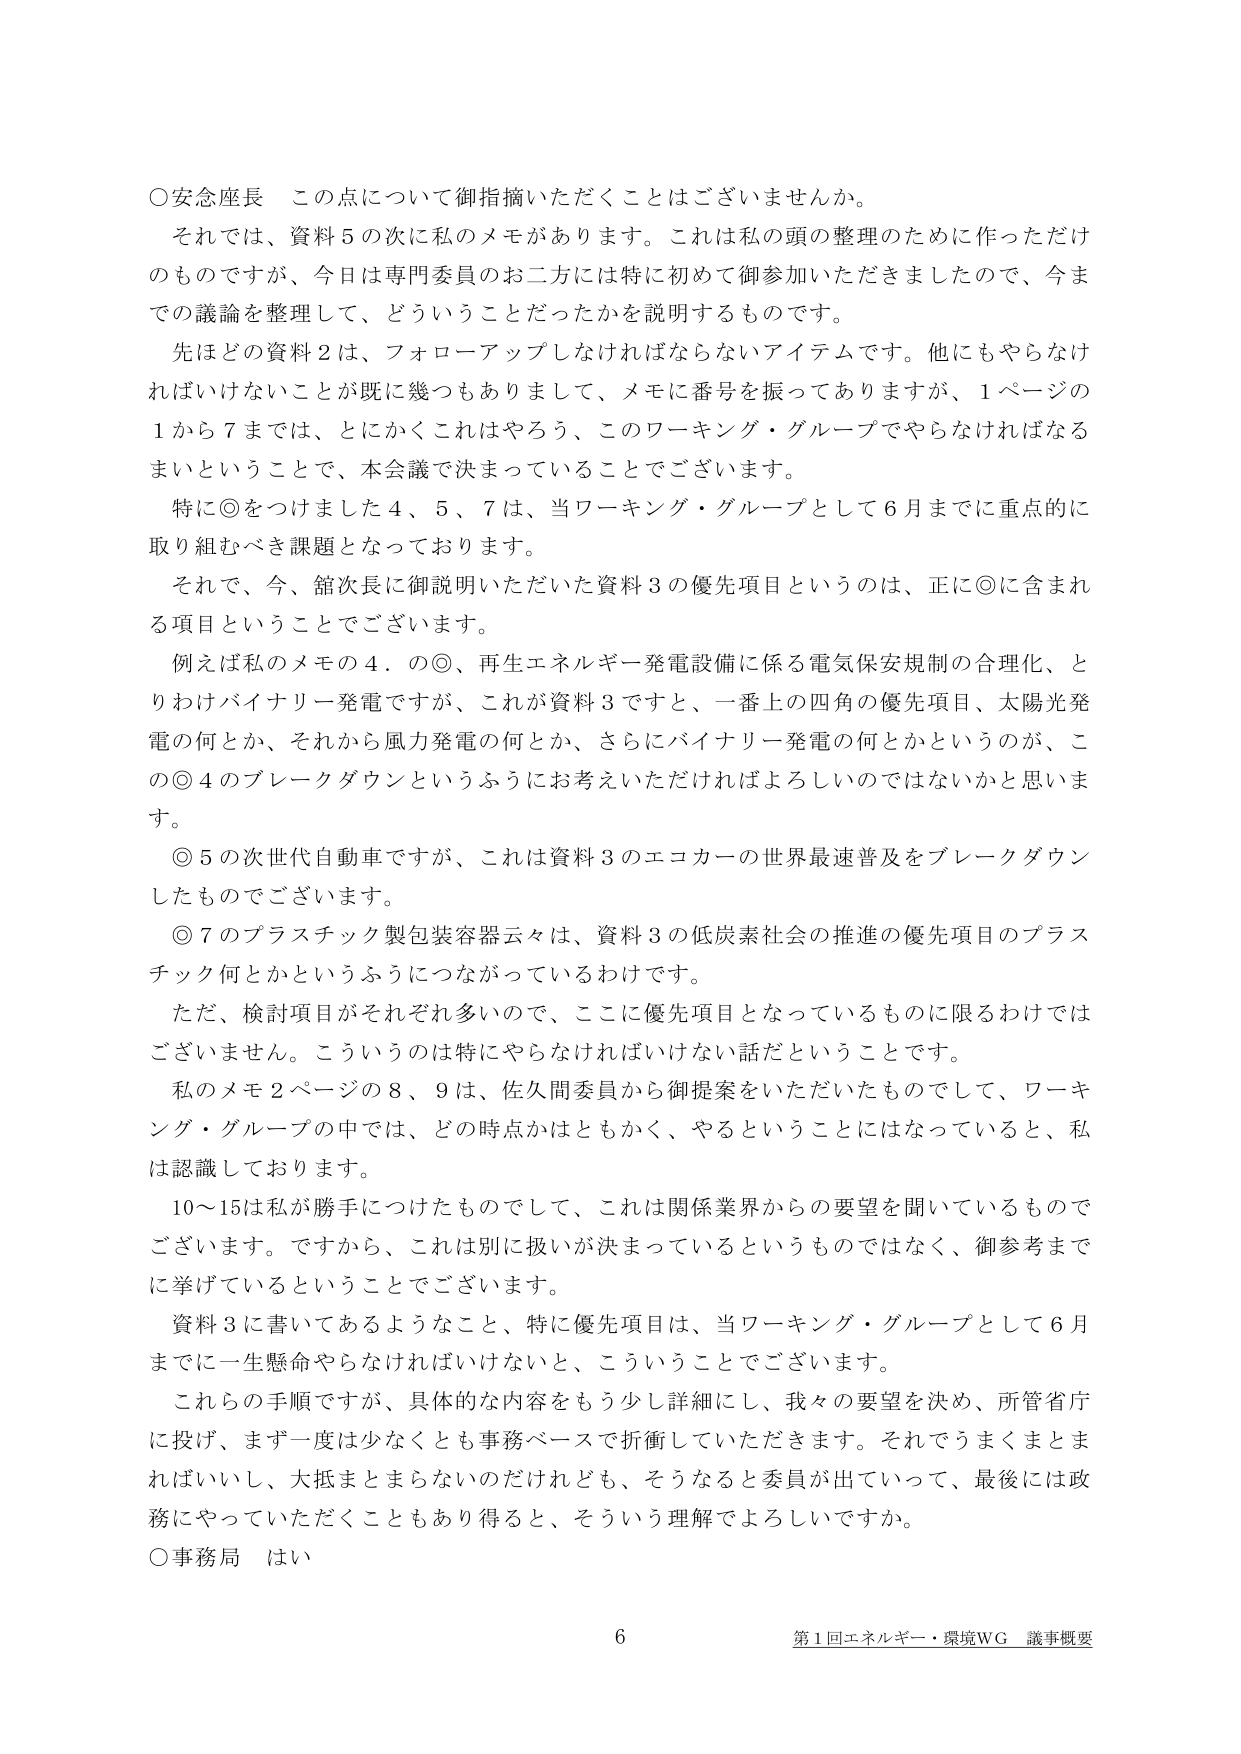
○安念座長　この点について御指摘いただくことはございませんか。

それでは、資料５の次に私のメモがあります。これは私の頭の整理のために作っただけのものですが、今日は専門委員のお二方には特に初めて御参加いただきましたので、今までの議論を整理して、どういうことだったかを説明するものです。

先ほどの資料２は、フォローアップしなければならないアイテムです。他にもやらなければならないことが既に幾つもありまして、メモに番号を振ってありますが、１ページの１から７までは、とにかくこれはやろう、このワーキング・グループでやらなければなるまいということで、本会議で決まっていることでございます。

特に◎をつけました４、５、７は、当ワーキング・グループとして６月までに重点的に取り組むべき課題となっております。

それで、今、舘次長に御説明いただいた資料３の優先項目というのは、正に◎に含まれる項目ということでございます。

例えば私のメモの４．の◎、再生エネルギー発電設備に係る電気保安規制の合理化、とりわけバイナリー発電ですが、これが資料３ですと、一番上の四角の優先項目、太陽光発電の何とか、それから風力発電の何とか、さらにバイナリー発電の何とかというのが、この◎４のブレーカダウンというふうにお考えいただければよろしいのではないかと思います。

◎５の次世代自動車ですが、これは資料３のエコカーの世界最速普及をブレーカダウンしたものでございます。

◎７のプラスチック製包装容器云々は、資料３の低炭素社会の推進の優先項目のプラスチック何とかというふうにつながっているわけです。

ただ、検討項目がそれぞれ多いので、ここに優先項目となっているものに限るわけではございません。こういうのは特にやらなければならない話だということです。

私のメモ２ページの８、９は、佐久間委員から御提案をいただいたものでして、ワーキング・グループの中では、どの時点かはともかく、やるということにはなっていると、私は認識しております。

10～15は私が勝手につけたものでして、これは関係業界からの要望を聞いているものでございます。ですから、これは別に扱いが決まっているというものではなく、御参考までに挙げているということでございます。

資料３に書いてあるようなこと、特に優先項目は、当ワーキング・グループとして６月までに一生懸命やらなければならないと、こういうことでございます。

これらの手順ですが、具体的な内容をもう少し詳細にし、我々の要望を決め、所管省庁に投げ、まず一度は少なくとも事務ベースで折衝していただきます。それですまくまとまればいいし、大抵まとまらないのだけれども、そうなると委員が出ていって、最後には政務にやっていただくこともあり得ると、そういう理解でよろしいですか。

○事務局　はい

6
第1回エネルギー・環境WG 議事概要